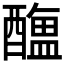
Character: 𨣎